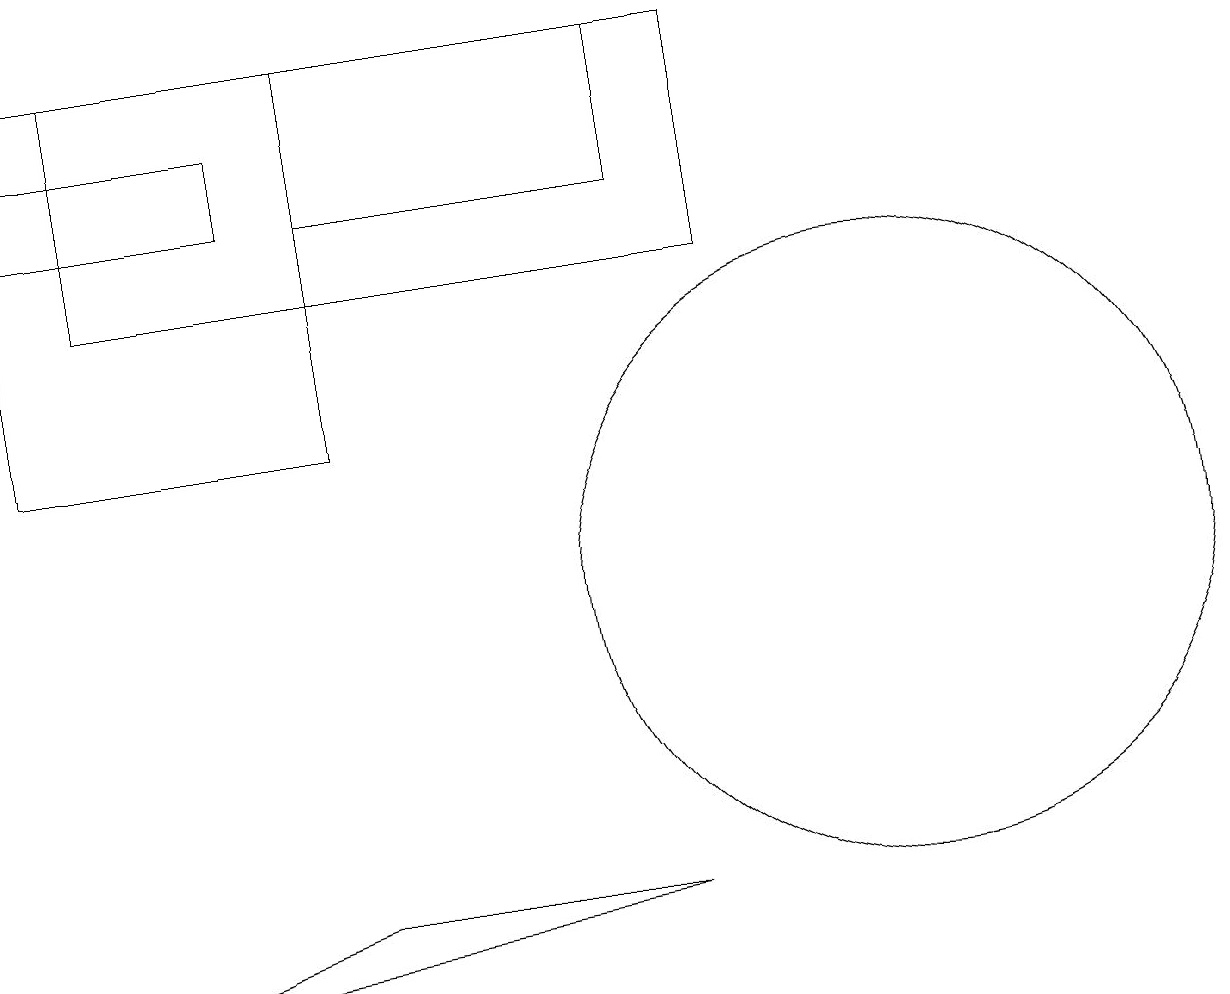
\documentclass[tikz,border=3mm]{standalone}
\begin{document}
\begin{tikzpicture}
\draw (9,14) rectangle (1,17);
\draw (4,12) rectangle (0,17);
\draw (1,5) -- (8,6) -- (4,6) -- cycle;
\draw (3,15) rectangle (0,16);
\draw (8,15) rectangle (4,17);
\draw (11,10) circle (4);
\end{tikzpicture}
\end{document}